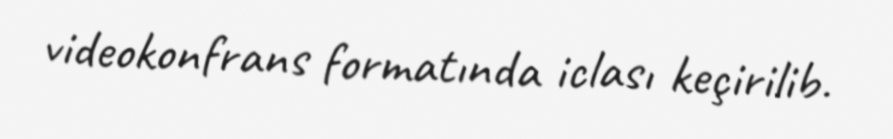
videokonfrans formatında iclası keçirilib.